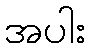
အပါး